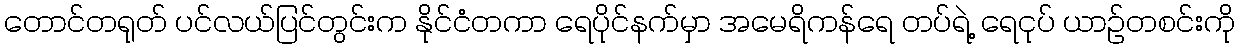
တောင်တရုတ် ပင်လယ်ပြင်တွင်းက နိုင်ငံတကာ ရေပိုင်နက်မှာ အမေရိကန်ရေ တပ်ရဲ့ ရေငုပ် ယာဉ်တစင်းကို